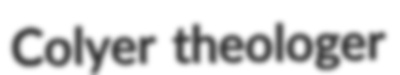
Colyer theologer